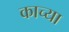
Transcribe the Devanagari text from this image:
काच्या